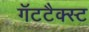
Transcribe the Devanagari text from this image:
गॅटटैक्स्ट